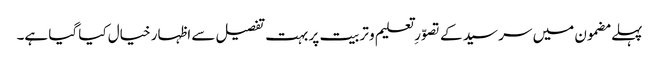
پہلے مضمون میں سر سید کے تصوّرِ تعلیم و تربیت پر بہت تفصیل سے اظہار خیال کیا گیا ہے۔